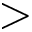
>